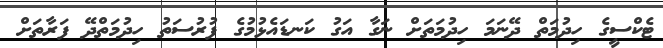
ޓެކްސީގެ ހިދުމަތް ދޭނަމަ ހިދުމަތަށް ނަގާ އަގު ކަނޑައެޅުމުގެ ފުރުސަތު ހިދުމަތްދޭ ފަރާތަށް